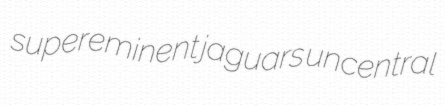
supereminent jaguars uncentral